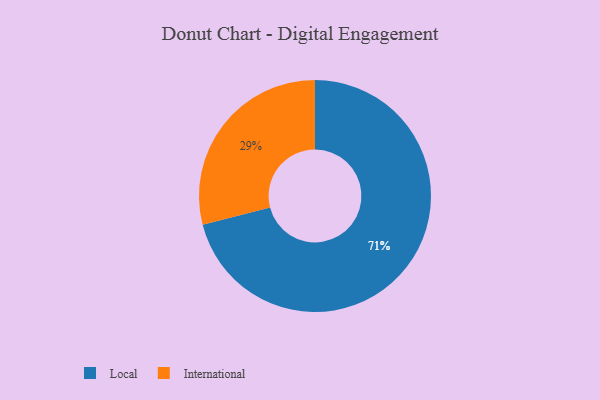
{"axis": {"x": "Category", "y": "Percentage"}, "legend": ["International", "Local"], "data": [{"x": "International", "y": 29, "type": "International"}, {"x": "Local", "y": 71, "type": "Local"}]}